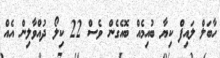
ހާބަލް ލައިފް ކިޔާ ބުއިމެއް ބޮއެގެން ވެސް 22 ކިލޯ ދުއްވާލިން އެއް